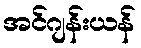
အင်ဂျန်းယန်